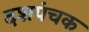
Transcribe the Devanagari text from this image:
दशपंचक